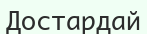
Достардай